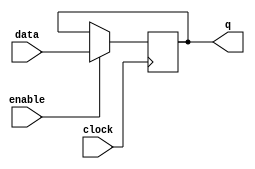
module  element_ff_d_32_ff
	( 
	clock,
	data,
	enable,
	q) /* synthesis synthesis_clearbox=1 */;
	input   clock;
	input   [31:0]  data;
	input   enable;
	output   [31:0]  q;
`ifndef ALTERA_RESERVED_QIS
// synopsys translate_off
`endif
	tri0   [31:0]  data;
	tri1   enable;
`ifndef ALTERA_RESERVED_QIS
// synopsys translate_on
`endif

	reg	[31:0]	ff_dffe;

	// synopsys translate_off
	initial
		ff_dffe = 0;
	// synopsys translate_on
	always @ ( posedge clock)
		if (enable == 1'b1)   ff_dffe <= data;
	assign
		q = ff_dffe;
endmodule
module element_ff_d_32 (
	clock,
	data,
	enable,
	q)/* synthesis synthesis_clearbox = 1 */;

	input	  clock;
	input	[31:0]  data;
	input	  enable;
	output	[31:0]  q;

	wire [31:0] sub_wire0;
	wire [31:0] q = sub_wire0[31:0];

	element_ff_d_32_ff	element_ff_d_32_ff_component (
				.enable (enable),
				.clock (clock),
				.data (data),
				.q (sub_wire0));

endmodule